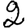
Digit: 2